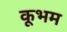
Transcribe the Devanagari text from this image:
कूभम